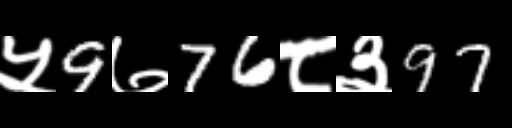
Text: ५9७76८३97